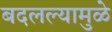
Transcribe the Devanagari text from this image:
बदलल्यामुळे